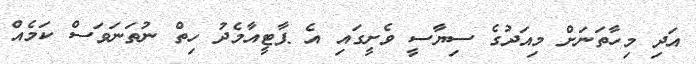
އަދި މިހާތަނަށް މިއަދުގެ ސިޔާސީ ވެށީގައި އެ ޕާޓީއާމެދު ހިތް ނުތަނަވަސް ކަމެއް